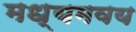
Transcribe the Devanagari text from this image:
मध्यमवय